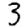
Digit: 3